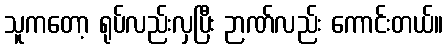
သူကတော့ ရုပ်လည်းလှပြီး ဉာဏ်လည်း ကောင်းတယ်။